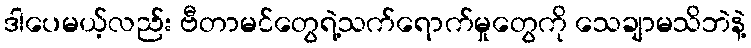
ဒါပေမယ့်လည်း ဗီတာမင်တွေရဲ့သက်ရောက်မှုတွေကို သေချာမသိဘဲနဲ့